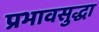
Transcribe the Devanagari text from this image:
प्रभावसुद्धा